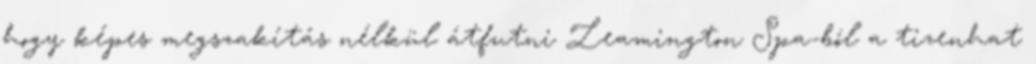
hogy képes megszakítás nélkül átfutni Leamington Spa-ból a tizenhat